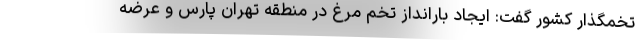
تخمگذار کشور گفت: ایجاد بارانداز تخم مرغ در منطقه تهران پارس و عرضه